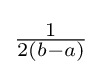
{\tfrac {1}{2(b-a)}}